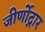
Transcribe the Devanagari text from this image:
जीर्णोद्नार